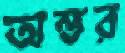
অন্তর